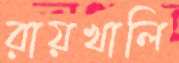
রায়খালি